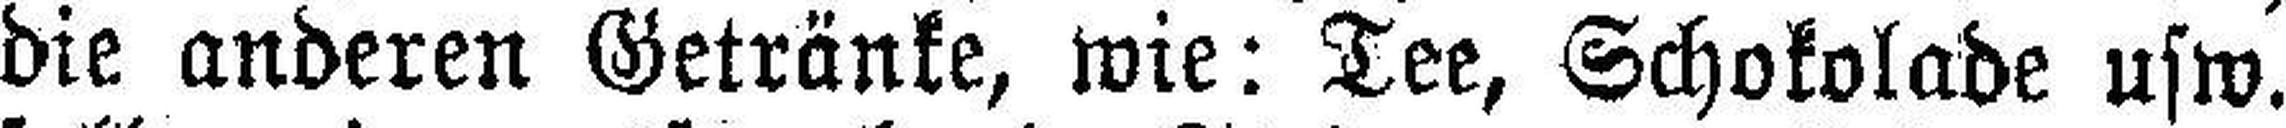
die anderen Getränke, wie: Tee, Schokolade usw.